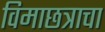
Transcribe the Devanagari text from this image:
विमाछत्राचा